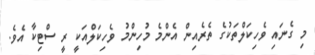
މި ގެނައި ވެހިކަލްތަކުގެ ތެރެއިން އެންމެ މުހިންމު ވެހިކަލްއަކީ ރީ ސްޓިކާ އެވެ.